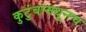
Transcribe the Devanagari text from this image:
कुटुंबामधूनच